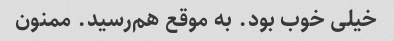
خیلی خوب بود. به موقع هم‌رسید. ممنون